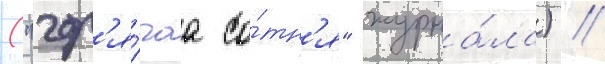
("гор'я́чаа со́тн'я" журна́ла) //